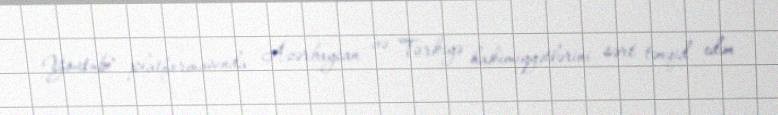
Youtube" platformasında Azərbaycan və Türkiyə hakimiyyətlərini sərt tənqid edən